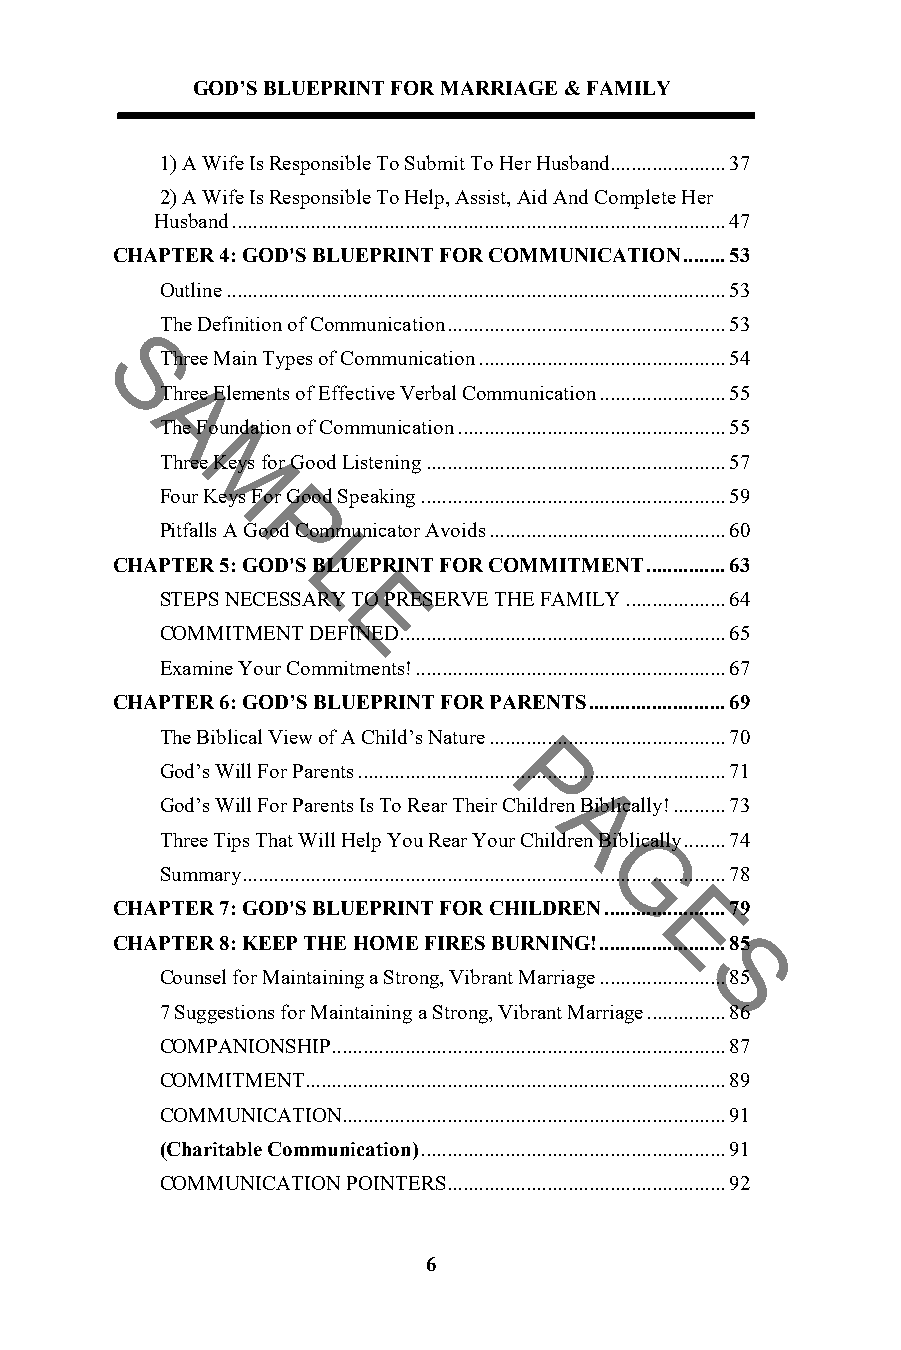
GOD’S BLUEPRINT FOR MARRIAGE & FAMILY
 1) A Wife Is Responsible To Submit To Her Husband...................... 37
 2)A Wife Is Responsible To Help, Assist, Aid And Complete Her
 Husband .............................................................................................. 47
 CHAPTER 4: GOD'S BLUEPRINT FOR COMMUNICATION ........ 53
 Outline ............................................................................................... 53
 The Definition of Communication ..................................................... 53
 Three Main Types of Communication ............................................... 54
 S
 Three Elements of Effective Verbal Communication ........................ 55
 A
 The Foundation of Communication ................................................... 55
 Three Keys for Good Listening ......................................................... 57
 M
 Four Keys For Good Speaking .......................................................... 59
 Pitfalls A PGood Communicator Avoids ............................................. 60
 CHAPTER 5: GODL'S BLUEPRINT FOR COMMITMENT ............... 63
 STEPS NECESSARY TO PRESERVE THE FAMILY ................... 64
 E
 COMMITMENT DEFINE D .............................................................. 65
 Examine Your Commitments! ........................................................... 67
 CHAPTER 6: GOD’S BLUEPRINT FOR PARENTS .......................... 69
 The Biblical View of A Child’s Natur e ............................................. 70
 God’s Will For Parents ...................................................................... 71
 P
 God’s Will For Parents Is To Rear Their Children Biblically! .......... 73
 A
 Three Tips That Will Help You Rear Your Children Biblically ........ 74
 Summary ..................................................................G.......................... 78
 CHAPTER 7: GOD'S BLUEPRINT FOR CHILDREN ....................... 79
 E
 CHAPTER 8: KEEP THE HOME FIRES BURNING! ........................ 85
 Counsel for Maintaining a Strong, Vibrant Marriage ..................S...... 85
 7 Suggestions for Maintaining a Strong, Vibrant Marriage ............... 86
 COMPANIONSHIP........................................................................... 87
 COMMITMENT ................................................................................ 89
 COMMUNICATION......................................................................... 91
 (Charitable Communication) .......................................................... 91
 COMMUNICATION POINTERS ..................................................... 92
 6